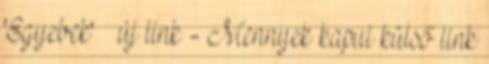
'Egyebek' » új link - Mennyek kapui külső link